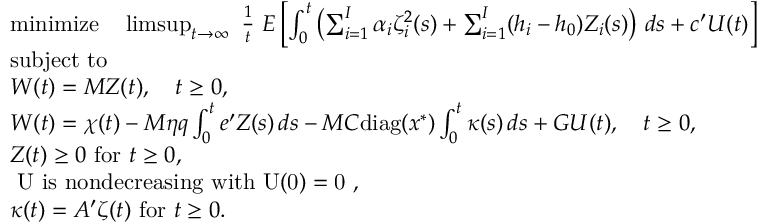
\begin{array} { r l } & { \mathrm { m i n i m i z e } \quad \operatorname* { l i m s u p } _ { t \rightarrow \infty } \, \, \frac { 1 } { t } \, \, E \left[ \int _ { 0 } ^ { t } \left( \sum _ { i = 1 } ^ { I } \alpha _ { i } \zeta _ { i } ^ { 2 } ( s ) + \sum _ { i = 1 } ^ { I } ( h _ { i } - h _ { 0 } ) Z _ { i } ( s ) \right) \, d s + c ^ { \prime } U ( t ) \right] } \\ & { \mathrm { s u b j e c t ~ t o } } \\ & { W ( t ) = M Z ( t ) , \quad t \ge 0 , } \\ & { W ( t ) = \chi ( t ) - M \eta q \int _ { 0 } ^ { t } e ^ { \prime } Z ( s ) \, d s - M C \mathrm { d i a g } ( x ^ { * } ) \int _ { 0 } ^ { t } \kappa ( s ) \, d s + G U ( t ) , \quad t \ge 0 , } \\ & { Z ( t ) \ge 0 \mathrm { ~ f o r ~ } t \ge 0 , } \\ & { \mathrm { ~ U ~ i s ~ n o n d e c r e a s i n g ~ w i t h ~ U ( 0 ) = 0 ~ } , } \\ & { \kappa ( t ) = A ^ { \prime } \zeta ( t ) \mathrm { ~ f o r ~ } t \ge 0 . } \end{array}